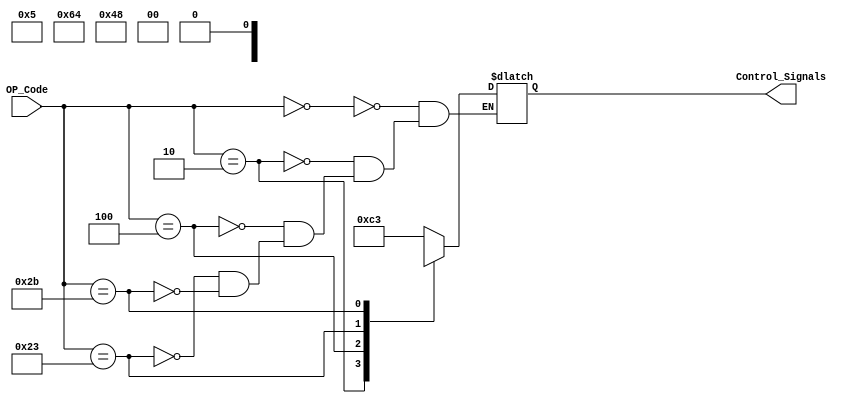

module Control (OP_Code ,Control_Signals);

input [5:0] OP_Code;
output reg [9:0] Control_Signals;
/* 0 => RegWrite , 1 => MemtoReg , 2 => MemWrite , 3 => MemRead ,
 4 => AluSrc , 5:6 => AluOP , 7 => RegDst , 8 => branch , 9 => jump */

always @(OP_Code)
begin

case(OP_Code)

/* R format  */
0: Control_Signals <= 10'b 0011000011 ;             

/* jump */
2: Control_Signals <= 10'b 10xxxx00x0 ; 	       

/* beq */
4: Control_Signals <= 10'b 01001000x0 ; 			

/* LW */
35: Control_Signals <= 10'b 0000011001 ;			

/* SW */	
43: Control_Signals <= 10'b 00x00101x0 ;				
	
endcase
end
endmodule